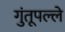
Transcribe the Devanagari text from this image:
गुंतूपल्ले